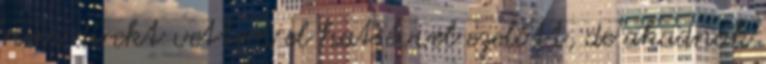
nem direkt vettem el hat évvel ezelőtt, de akadnak